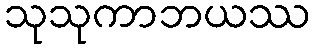
သုသုကာဘယဿ